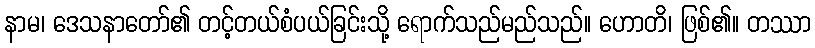
နာမ၊ ဒေသနာတော်၏ တင့်တယ်စံပယ်ခြင်းသို့ ရောက်သည်မည်သည်။ ဟောတိ၊ ဖြစ်၏။ တဿာ